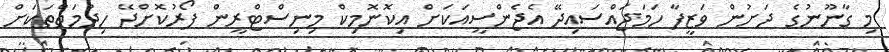
މި ގާނޫނުގެ ދަށުން ވަޒީފާ ހަމަޖައްސައިދޭ އެޖެންސީއަކަށް އިކޮނޮމިކް މިނިސްޓްރީން ފޯރުކޮށްދޭ ހިދުމަތްތަކަށް